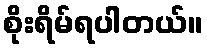
စိုးရိမ်ရပါတယ်။